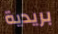
بريدية